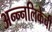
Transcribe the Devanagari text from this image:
अन्न्नलिकेची